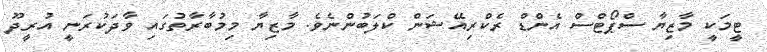
ޓީމަކީ މާޒިޔާ ސްޕޯޓްސް އެންޑް ރެކްރިއޭޝަން ކްލަބުންނެވެ. މާޒިޔާ މިމުބާރާތުގައި ވާދަކުރަނީ އުރީދޫ